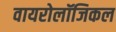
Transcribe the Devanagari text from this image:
वायरोलॉजिकल